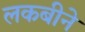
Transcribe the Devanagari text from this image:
लकबीने